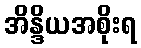
အိန္ဒိယအစိုးရ